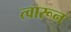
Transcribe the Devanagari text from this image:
त्वारून